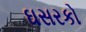
ઘસરકો